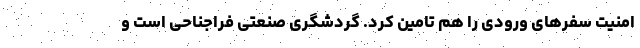
امنیت سفرهای ورودی را هم تامین کرد. گردشگری صنعتی فراجناحی است و